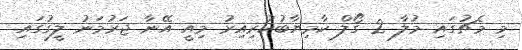
މި މެޗުގައި މުލާ 2 ގޯލް ކާމިޔާބުކުރިއިރު މިއީ އޭނާ ޖަރުމަނު ލީގުގައި